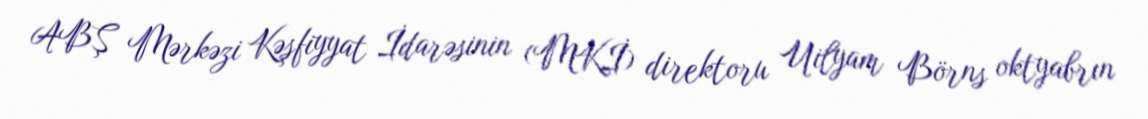
ABŞ Mərkəzi Kəşfiyyat İdarəsinin (MKİ) direktoru Uilyam Börns oktyabrın